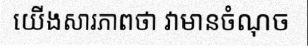
យើងសារភាពថា វាមានចំណុច